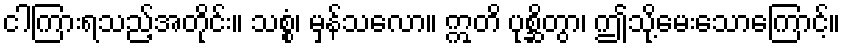
ငါကြားရသည့်အတိုင်း။ သစ္စံ၊ မှန်သလော။ ဣတိ ပုစ္ဆိတွာ၊ ဤသို့မေးသောကြောင့်။